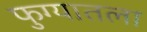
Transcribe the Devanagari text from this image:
फुग्यातला